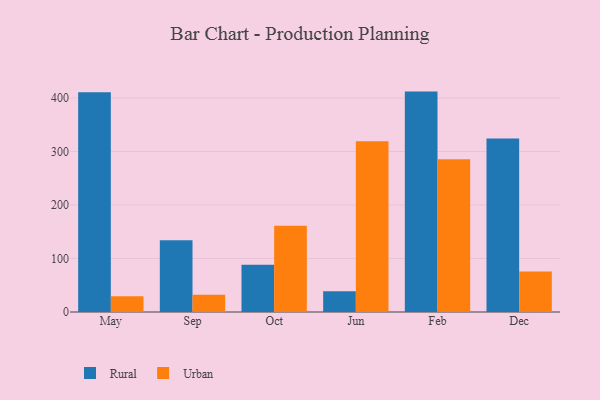
{"axis": {"x": "Month", "y": "Bounce Rate (%)"}, "legend": ["Rural", "Urban"], "data": [{"x": "May", "y": 410.6, "type": "Rural"}, {"x": "May", "y": 29.4, "type": "Urban"}, {"x": "Sep", "y": 134.1, "type": "Rural"}, {"x": "Sep", "y": 32.4, "type": "Urban"}, {"x": "Oct", "y": 88.1, "type": "Rural"}, {"x": "Oct", "y": 161.4, "type": "Urban"}, {"x": "Jun", "y": 38.8, "type": "Rural"}, {"x": "Jun", "y": 318.9, "type": "Urban"}, {"x": "Feb", "y": 411.9, "type": "Rural"}, {"x": "Feb", "y": 285.7, "type": "Urban"}, {"x": "Dec", "y": 324.3, "type": "Rural"}, {"x": "Dec", "y": 75.9, "type": "Urban"}]}